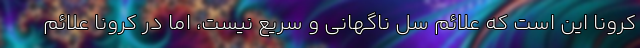
کرونا این است که علائم سل ناگهانی و سریع نیست، اما در کرونا علائم